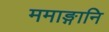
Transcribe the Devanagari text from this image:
ममाङ्गानि